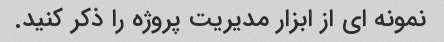
نمونه ای از ابزار مدیریت پروژه را ذکر کنید.